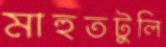
মাহুতটুলি